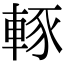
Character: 𨌇